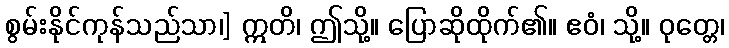
စွမ်းနိုင်ကုန်သည်သာ၊] ဣတိ၊ ဤသို့။ ပြောဆိုထိုက်၏။ ဧဝံ၊ သို့။ ဝုတ္တေ၊